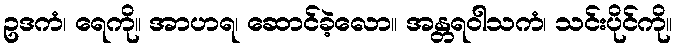
ဥဒကံ၊ ရေကို။ အာဟရ၊ ဆောင်ခဲ့လော။ အန္တရဝါသကံ၊ သင်းပိုင်ကို။